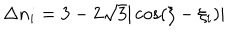
LaTeX: \Delta n _ { i } = 3 - 2 \sqrt { 3 } | \cos ( \xi - \xi _ { i } ) |